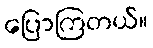
ပြောကြတယ်။